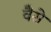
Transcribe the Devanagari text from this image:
वैेसे